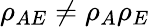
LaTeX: \rho_{AE}\neq\rho_{A}\rho_{E}